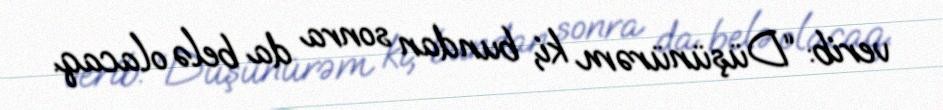
verib: “Düşünürəm ki, bundan sonra da belə olacaq.